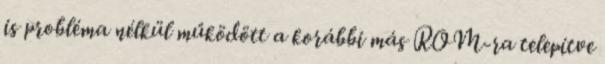
is probléma nélkül működött a korábbi más ROM-ra telepítve